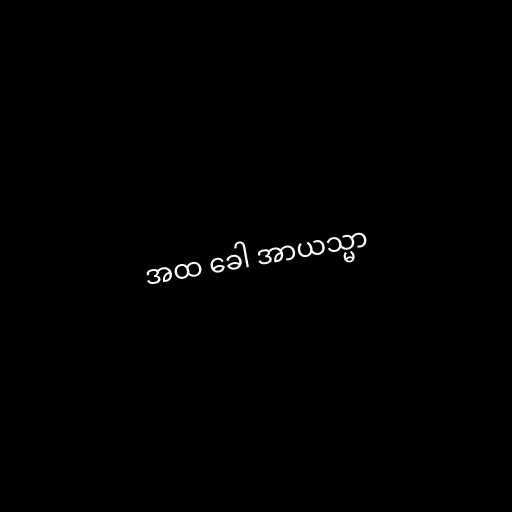
အထ ခေါ အာယသ္မာ